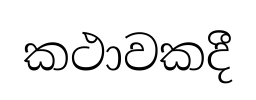
කථාවකදී